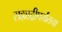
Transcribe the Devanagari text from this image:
सह्याद्रीपर्यंतचा